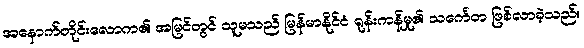
အနောက်တိုင်းလောက၏ အမြင်တွင် သူမသည် မြန်မာနိုင်ငံ ရုန်းကန်မှု၏ သင်္ကေတ ဖြစ်လာခဲ့သည်။